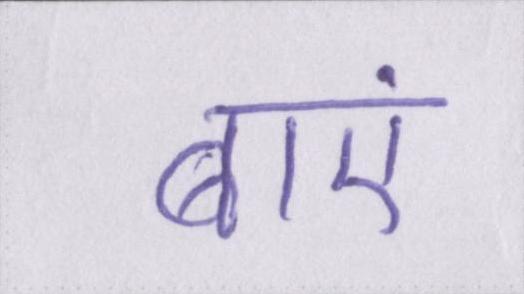
बाएं